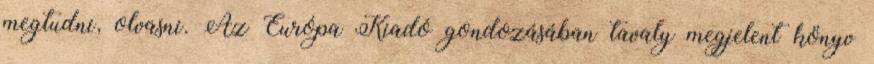
megtudni, olvasni. Az Európa Kiadó gondozásában tavaly megjelent könyv